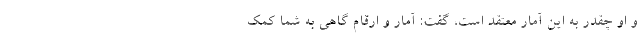
و او چقدر به این آمار معتقد است، گفت: آمار و ارقام گاهی به شما کمک